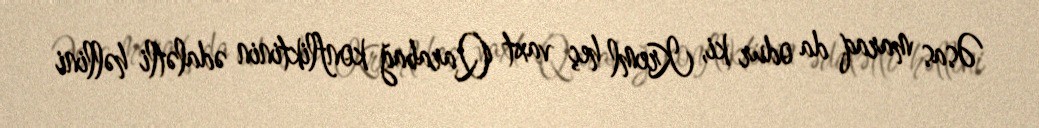
Əsas maraq da odur ki, Kreml heç vaxt Qarabağ konfliktinin ədalətli həllini